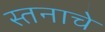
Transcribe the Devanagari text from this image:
स्तनाचे